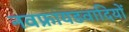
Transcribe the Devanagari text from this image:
नवफ्रायडवादियों